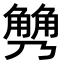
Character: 𧤢